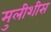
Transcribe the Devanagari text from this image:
मुलीशीस